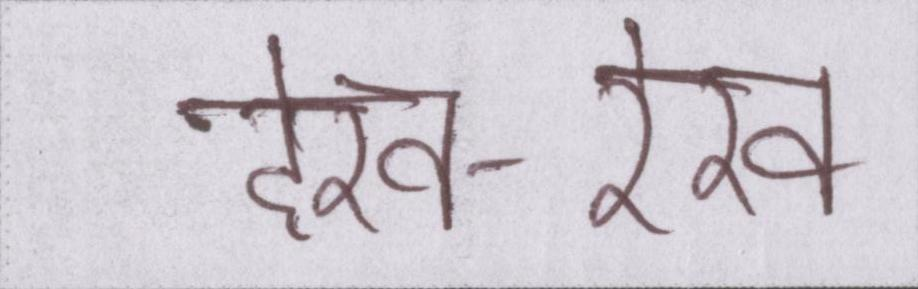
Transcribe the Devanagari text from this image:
देख-रेख